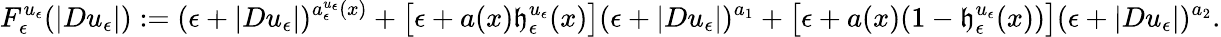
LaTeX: F_{\epsilon}^{u_{\epsilon}}(|Du_{\epsilon}|):=(\epsilon+|Du_{\epsilon}|)^{a_{\epsilon}^{u_{\epsilon}}(x)}+\big[\epsilon+a(x)\mathfrak{h}_{\epsilon}^{u_{\epsilon}}(x)\big](\epsilon+|Du_{\epsilon}|)^{a_{1}}+\big[\epsilon+a(x)(1-\mathfrak{h}_{\epsilon}^{u_{\epsilon}}(x))\big](\epsilon+|Du_{\epsilon}|)^{a_{2}}.